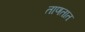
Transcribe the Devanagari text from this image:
ताणतात